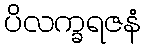
ပိလက္ခရဇနံ